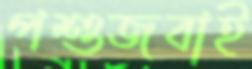
পশুজবাই